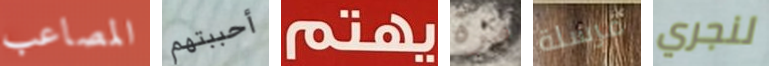
المصاعب أحببتهم يهتم مرة مرسلة لنجري